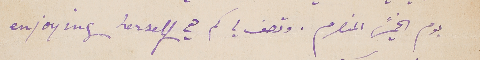
يوم الخميسً المنصرم. وتصف لي كم هي enjoying herself